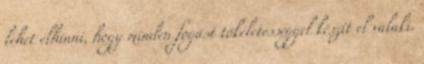
lehet elhinni, hogy minden fogást tökéletességgel készít el valaki.